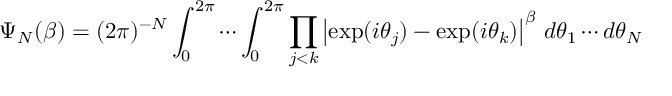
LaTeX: \Psi _ { N } ( \beta ) = ( 2 \pi ) ^ { - N } \int _ { 0 } ^ { 2 \pi } \cdots \int _ { 0 } ^ { 2 \pi } \prod _ { j < k } \left\vert \exp ( i \theta _ { j } ) - \exp ( i \theta _ { k } ) \right\vert ^ { \beta } \, d \theta _ { 1 } \cdots d \theta _ { N }